Annual statistical returns and brief notes on vaccination in Bengal - 1909-1929
Year: 1909
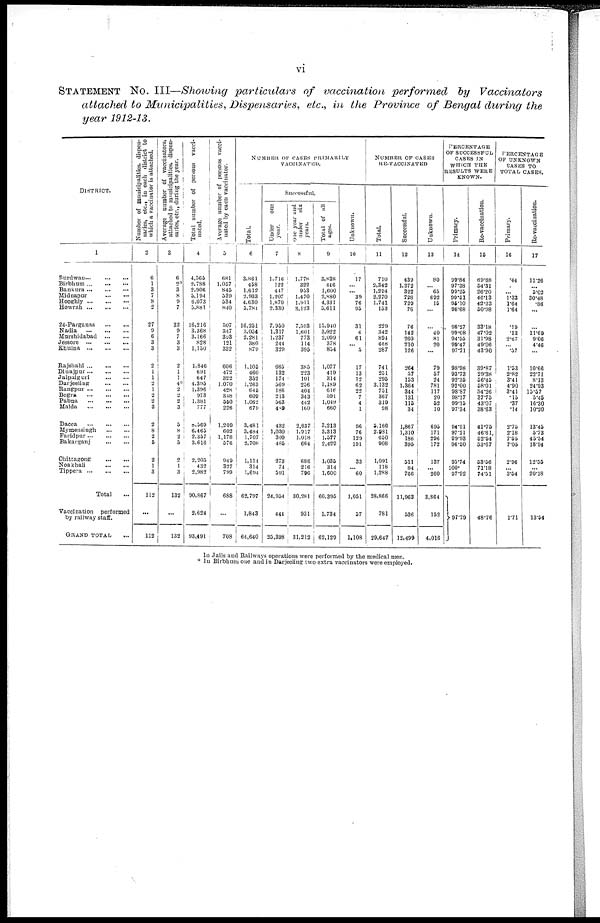
vi
STATEMENT No. III—Showing particulars of vaccination performed
by Vaccinators
attached to Municipalities, Dispensaries, etc., in the Province of Bengal during the
year 1912-13.
DISTRICT.
1
Burdwan ... ... ...
Birbhum ...
...
...
Bankura ... ... ...
Midnapur
...
...
Hooghly
...
...
Howrah
...
...
24-Parganas
...
...
Nadia
...
...
Murshidabad
...
...
Jessore
...
...
Khulna
...
...
Rajshahi
...
...
Dinajpur
...
...
...
Jalpaiguri
...
...
Darjeeling
...
...
Rangpur
...
...
Bogra
...
...
Pabna
...
...
Malda
...
...
Dacca
...
...
...
Mymensingh ... ...
Faridpur
...
...
Bakarganj ... ...
Chittagong
...
...
Noakhali
...
...
Tippera
...
...
...
Total ...
Vaccination
performed
by railway staff.
GRAND TOTAL ...
Number of municipalities, dispen-
saries, etc., in each district to
which a vaccinator is attached.
2
6
1
3
7
8
2
27
9
6
3
3
2
1
1
2
1
2
2
3
2
8
2
5
2
1
3
112
...
112
Average number of vaccinators,
attached to municipalities, dispen-
saries, etc., during the year.
3
6
2.
3
8
9
7
32
9
7
3
3
2
1
1 4.
2
2
2
3
5
8
2
5
2
1
3
132
...
132
Total number of persons vacci-
nated.
4
4,565
2,788
2,906
5,194
6,073
3,881
16,216
3,368
3,166
828
1,130
1,846
691
647
4,395
1,396
973
1,381
777
8,369
6,465
2,357
3,616
2,203
432
2,982
90,867
2,624
93,491
Average number of persons vacci¬
nated by each vaccinator.
5
681
1,057
845
539
534
840
507
347
393
121
332
606
472
322
1,070
428
348
550
226
1,209
602
1,178
576
949
327
799
688
...
708
NUMBER OF CASES PRIMARILY
VACCINATED.
Total.
6
3,861
468
1,612
2,933
4,630
3,781
16,231
3,054
2,281
380
879
1,105
460
352
1,263
645
609
1,062
679
3,481
3,484
1,707
2,708
1,114
314
1,694
62,797
1,843
64,640
Successful.
Under
one
year.
7
1,716
122
447
1,207
1,870
2,330
7,950
1,317
1,237
244
329
665
132
174
369
186
213
363
489
432
1,030
309
485
273
74
591
24,954
444
25,398
one year and
under
six
years.
8
1,778
322
953
1,470
1,911
3,123
7,593
1,601
773
114
395
385
223
101
256
404
343
442
160
2,637
1,917
1,018
664
686
216
796
30,281
931
31,212
Total of all
ages.
9
3,838
446
1,600
2,880
4,331
3,611
13,940
3,022
2,099
378
834
1,077
419
314
1,189
616
391
1,049
660
3,213
3,313
1,577
2,429
1,035
314
1,600
60,395
1,734
62,129
Unknown.
10
17
...
... 39
76
93
31
4
61
... 5
17
13
12
62
22
7
4
1
96
76
129
191
33
... 60
1,051
57
1,108
NUMBER OF CASES
RE-VACCINATED
Total
11
710
3,342
1,294
2,270
1,741
153
229
342
894
448
287
741
231
296
3,132
751
367
319
98
3,166
2,931
650
908
1,091
118
1,288
28,866
781
29,647
Successful.
12
439
1,272
322
728
729
78
76
142
260
210
126
264
57
153
1,364
344
131
115
34
1,867
1,310
186
395
511
84
766
11,963
536
12,499
Unknown.
13
80
... 65
692
15
...
...
40
81
20
...
79
57
24
781
117
20
52
10
695
171
296
172
137
... 260
3,864
152
4,016
PERCENTAGE
OF SUCCESSFUL
CASES IN
WHICH THE
RESULTS WERE
KNOWN.
Primary.
14
99.84
97.38
99.25
99.51
95.10
98.68
98.27
99.08
94.55
99.47
97.71
98.98
93.73
92.35
92.00
98.87
98.17
99.15
97.34
94.91
97.21
99.93
96.50
95.74
100.
97.92
97.79
Re-vaccination.
15
69.68
54.31
26.20
46.13
42.23
50.98
33.18
47.02
31.98
49.06
43.90
39.87
29.38
56.45
58.01
54.26
37.75
43.07
38.63
41.75
46.61,
52.54
53.67
53.56
71.18
74.31
48.76
PERCENTAGE
OF UNKNOWN
CASES TO
TOTAL CASES.
Primary.
16
.44
...
... 1.33
1.64
1.64
.19
.13
2.67
... .37
1.53
2.82
3.41
4.90
3.41
.15
.37
.14
2.75
2.18
7.55
7.05
2.96
... 3.54
1.71
Re-vaccination.
17
11.26
... 5.02
30.48
.86
...
...
11.69
9.06
4.46
...
10.66
22.71
8.13
24.93
15.57
5.45
16.30
10.20
13.45
5.73
45.54
18.94
12.55
... 20.18
13.54
In Jails and Railways operations were performed by the medical men.
* In Birbhum one and in Darjeeling two extra vaccinators were employed.